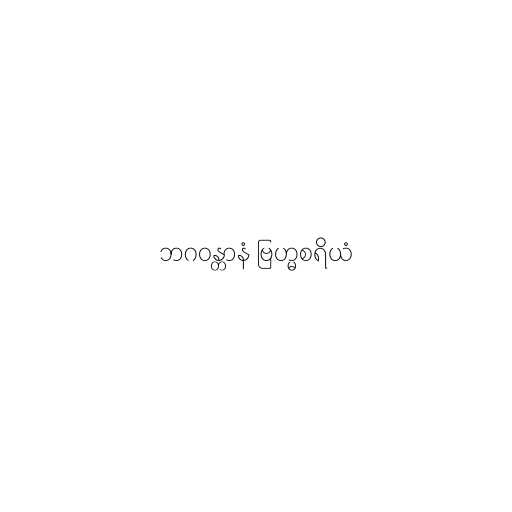
ဘဂဝန္တာနံ ဗြဟ္မစရိယံ